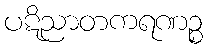
ပဋိညာတကရဏဉ္စ